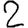
Digit: 2